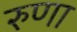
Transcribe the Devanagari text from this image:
रुणा